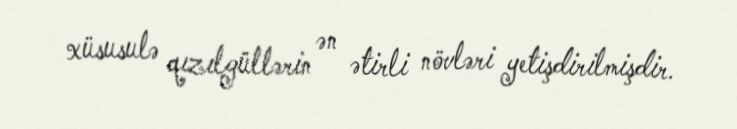
xüsusulə qızılgüllərin ən ətirli növləri yetişdirilmişdir.